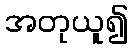
အတုယူ၍